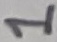
Text: 1